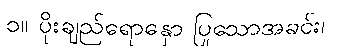
၁။ ပိုးချည်ရောနှော ပြုသောအခင်း၊